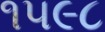
૧૫૯૮